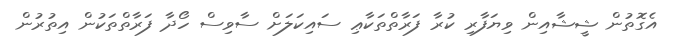
އެގޮތުން ޝީޝާއިން ވިޔަފާރި ކުރާ ފަރާތްތަކާޢި ސައިކަލަށް ސާވިސް ހޯދާ ފަރާތްތަކުން އިތުރުން